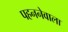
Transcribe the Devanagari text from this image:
पहननेवाला